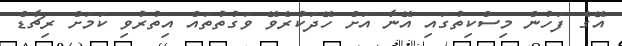
އޭގެ ފަހުން މިސްކިތުގައި އޭނާ އަށް ހޭދަކުރެވޭ ވަގުތުތައް އިތުރުވި ކަމަށް ރިޗާޑް